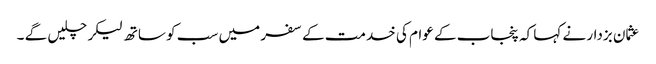
عثمان بزدار نے کہا کہ پنجاب کے عوام کی خدمت کے سفر میں سب کو ساتھ لیکر چلیں گے ۔